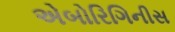
એબોરિગિનીસ